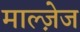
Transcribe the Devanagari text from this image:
माल्ज़ेज